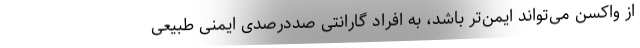
از واکسن می‌تواند ایمن‌تر باشد، به افراد گارانتی صددرصدی ایمنی طبیعی